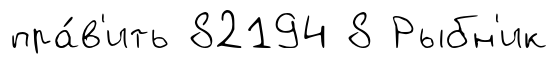
пра́в'ить 82194 8 Рыбн'ик